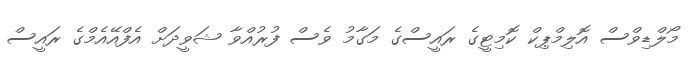
މޯލްޑިވްސް އޮލިމްޕިކް ކޮމިޓީގެ ރައީސްގެ މަގާމު ވެސް ފުރުއްވާ ޝަވީދަށް އެފްއޭއެމްގެ ރައީސް